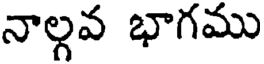
నాల్గవ భాగము